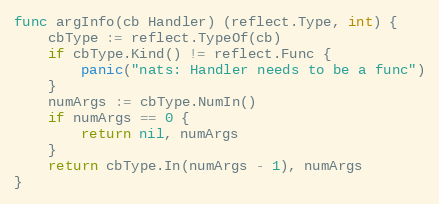
Language: Go
func argInfo(cb Handler) (reflect.Type, int) {
	cbType := reflect.TypeOf(cb)
	if cbType.Kind() != reflect.Func {
		panic("nats: Handler needs to be a func")
	}
	numArgs := cbType.NumIn()
	if numArgs == 0 {
		return nil, numArgs
	}
	return cbType.In(numArgs - 1), numArgs
}